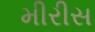
મીરીસ